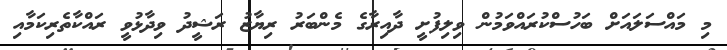
މި މައްސަލައަށް ބަހުސްކުރައްވަމުން ވިލިފުށީ ދާއިރާގެ މެންބަރު ރިޔާޒު ރަޝީދު ވިދާޅުވީ ރައްކާތެރިކަމާއި